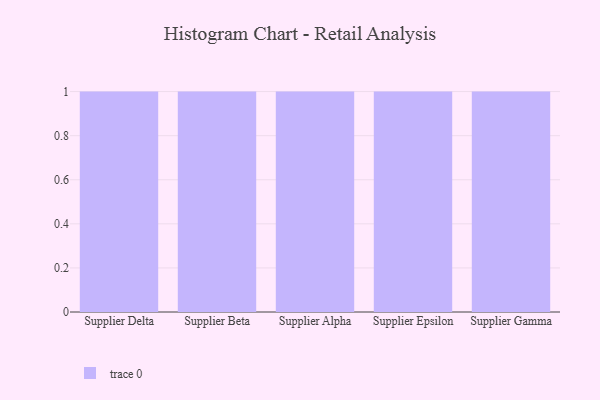
{"axis": {"x": "Supplier", "y": "Temperature (°C)"}, "legend": [""], "data": [{"x": "Supplier Delta", "y": 52, "type": ""}, {"x": "Supplier Beta", "y": 47, "type": ""}, {"x": "Supplier Alpha", "y": 71, "type": ""}, {"x": "Supplier Epsilon", "y": 50, "type": ""}, {"x": "Supplier Gamma", "y": 76, "type": ""}]}